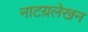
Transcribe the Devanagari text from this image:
नाटय़लेखन